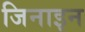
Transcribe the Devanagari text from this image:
जिनाइन